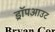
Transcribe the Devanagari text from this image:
ड्रॉपआउट